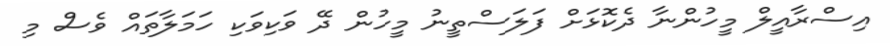
އިސްރާއީލް މީހުންނާ ދެކޮޅަށް ފަލަސްތީނު މީހުން ދޭ ވަކިވަކި ހަމަލާތައް ވެސް މި